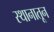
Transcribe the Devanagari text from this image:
स्थानातून